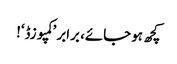
کچھ ہو جائے، برابر ’کمپوزڈ‘!